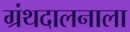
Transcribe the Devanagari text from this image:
ग्रंथदालनाला